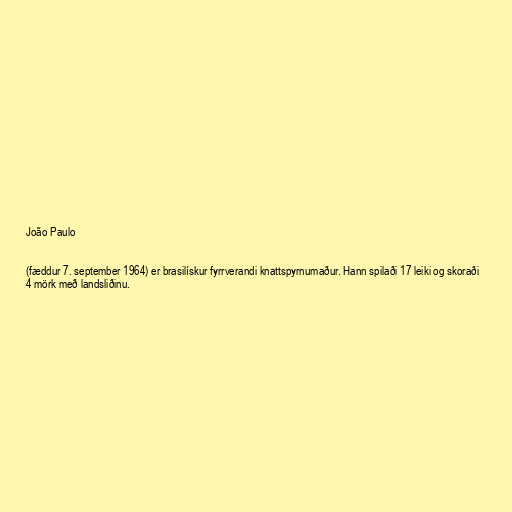
João Paulo

(fæddur 7. september 1964) er brasilískur fyrrverandi knattspyrnumaður. Hann spilaði 17 leiki og skoraði
4 mörk með landsliðinu.